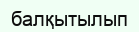
балқытылып